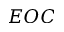
E O C